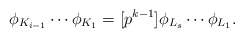
\begin{align*}\phi_{K_{i-1}} \cdots \phi_{K_1} = [p^{k-1}]\phi_{L_s} \cdots \phi_{L_1}.\end{align*}